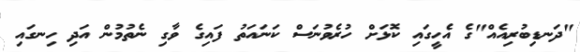
"ދަނޑިބުރިއެއް"ގެ އެހީގައި ކޮޅަށް ހުރެވުނަސް ކަނައަތު ފައިގެ ވާގި ނެތުމުން އަދި ހިނގައި